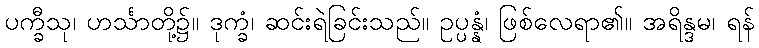
ပက္ခီသု၊ ဟင်္သာတို့၌။ ဒုက္ခံ၊ ဆင်းရဲခြင်းသည်။ ဥပ္ပန္နံ၊ ဖြစ်လေရာ၏။ အရိန္ဒမ၊ ရန်